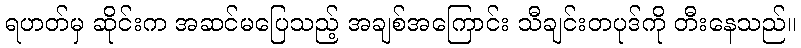
ရဟတ်မှ ဆိုင်းက အဆင်မပြေသည့် အချစ်အကြောင်း သီချင်းတပုဒ်ကို တီးနေသည်။